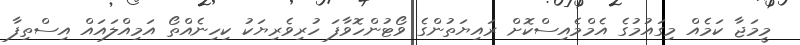
މީމަޖާ ކަމެއް މިގައުމުގެ އެމްމެއިސްކޮށް ރައިޔަތުންގެ ވޯޓުންހޮވާފަ ހުރިވެރިޔަކު ކިހިނެއްތޯ އަމިއްލައައް އިސްތިފާ